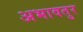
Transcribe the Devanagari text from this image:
अभावतुर